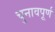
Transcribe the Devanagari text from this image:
चुनावपूर्ण